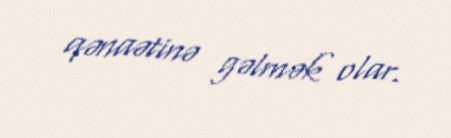
qənaətinə gəlmək olar.